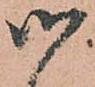
御